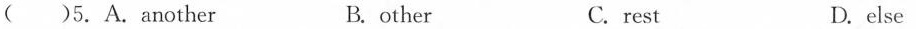
( )5.A.Another B. other C. rest D. else